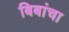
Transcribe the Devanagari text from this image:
बिबांचा